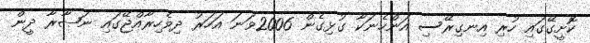
ކޮށީގޭގައި ހުރި އިނގިރޭސި އަންހެނަކާ ގުޅިގެން 2006ވަނަ އަހަރު ދިވެހިރާއްޖޭގައި ނަޞާރާ ދީން